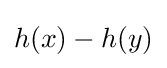
h(x)-h(y)